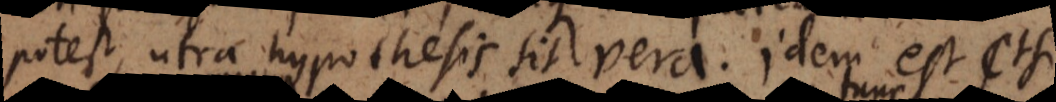
potest, utra hypothesis sit vera. Idem est etsi